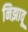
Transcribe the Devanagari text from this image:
निझावू